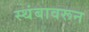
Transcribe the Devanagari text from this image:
स्थंबावरून